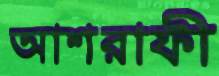
আশরাফী